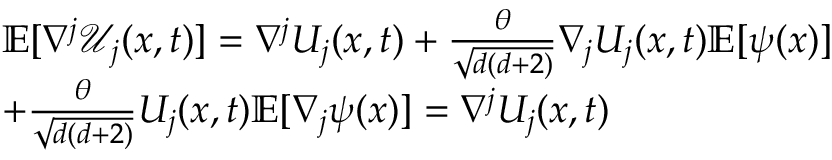
\begin{array} { r l } & { \mathbb { E } [ \nabla ^ { j } \mathcal { U } _ { j } ( x , t ) ] = \nabla ^ { j } U _ { j } ( x , t ) + \frac { \theta } { \sqrt { d ( d + 2 ) } } \nabla _ { j } U _ { j } ( x , t ) \mathbb { E } [ \psi ( x ) ] } \\ & { + \frac { \theta } { \sqrt { d ( d + 2 ) } } U _ { j } ( x , t ) \mathbb { E } [ \nabla _ { j } \psi ( x ) ] = \nabla ^ { j } U _ { j } ( x , t ) } \end{array}